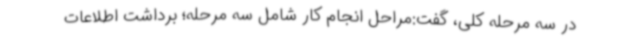
در سه مرحله کلی، گفت:مراحل انجام کار شامل سه مرحله؛ برداشت اطلاعات